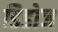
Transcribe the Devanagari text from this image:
डिडोज